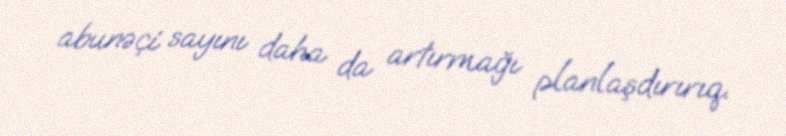
abunəçi sayını daha da artırmağı planlaşdırırıq.